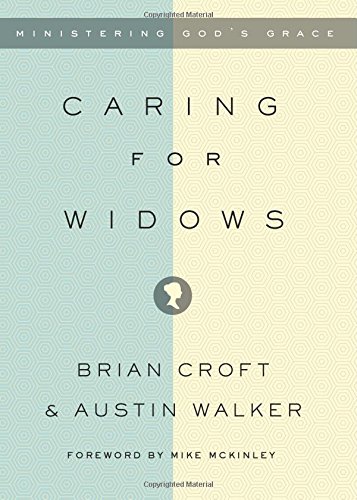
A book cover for Caring for Widows: Ministering God's Grace; Brian Croft; Christian Books & Bibles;